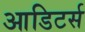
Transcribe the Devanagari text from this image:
आडिटर्स